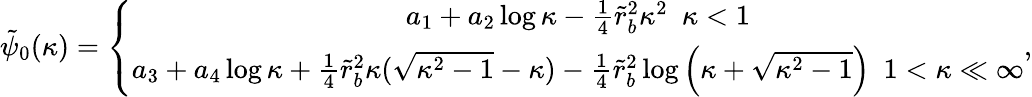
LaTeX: \begin{array}{r}{\tilde{\psi}_{0}(\kappa)=\left\{ \begin{array}{c}{a_{1}+a_{2}\log\kappa-\frac{1}{4}\tilde{r}_{b}^{2}\kappa^{2}~~\kappa<1}\\ {a_{3}+a_{4}\log\kappa+\frac{1}{4}\tilde{r}_{b}^{2}\kappa(\sqrt{\kappa^{2}-1}-\kappa)-\frac{1}{4}\tilde{r}_{b}^{2}\log\left(\kappa+\sqrt{\kappa^{2}-1}\right)~~1<\kappa\ll\infty}\end{array}\right.,}\end{array}